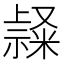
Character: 𥛬